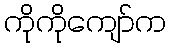
ကိုကိုကျော်က